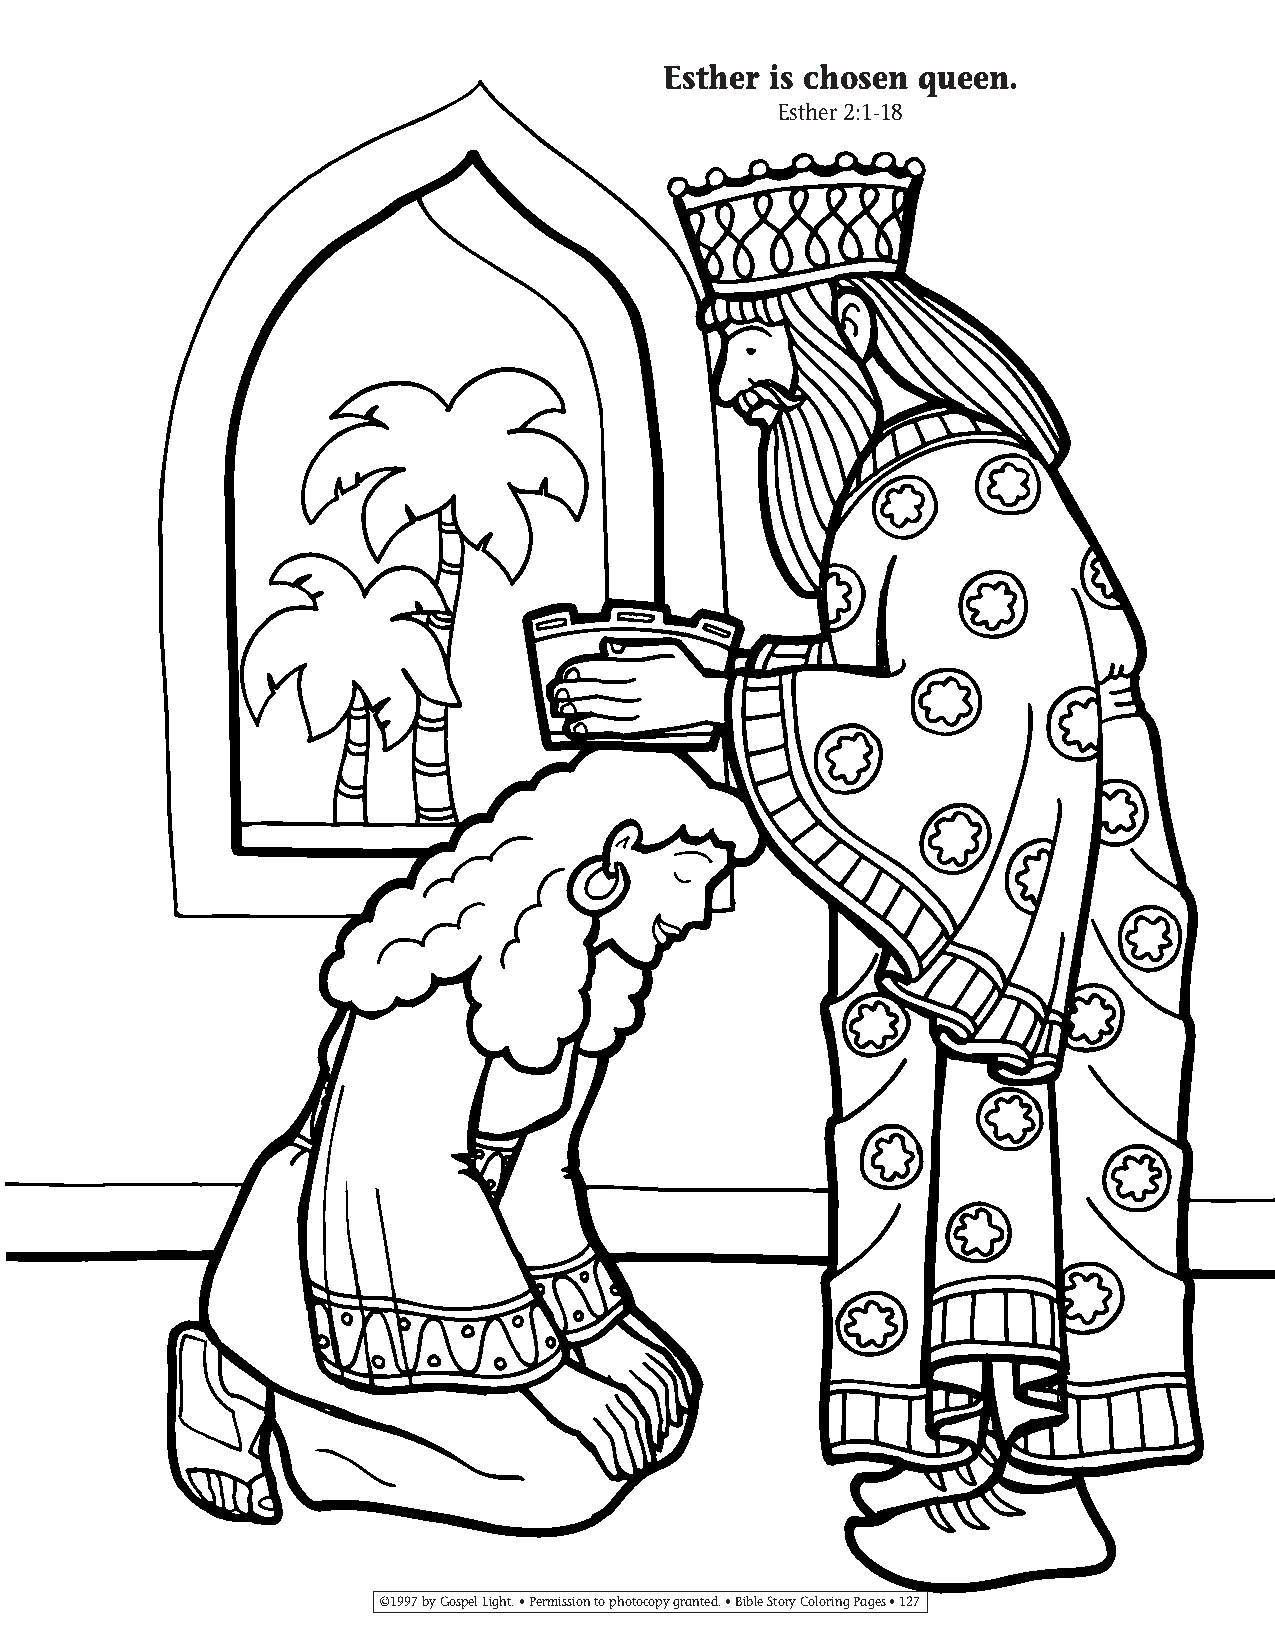
125-154 Coloring pgs_125-154 Coloring pgs 2/19/14 11:48 AM Page 127
 Esther is chosen queen.
 Esther 2:1-18
 ©1997 by Gospel Light. • Permission to photocopy granted. • Bible Story Coloring Pages • 127